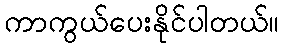
ကာကွယ်ပေးနိုင်ပါတယ်။